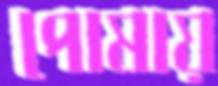
পোষায়